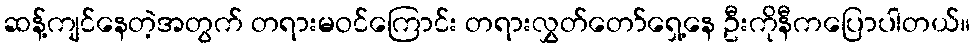
ဆန့်ကျင်နေတဲ့အတွက် တရားမဝင်ကြောင်း တရားလွှတ်တော်ရှေ့နေ ဦးကိုနီကပြောပါတယ်။